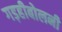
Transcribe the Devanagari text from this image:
गड़हीबोलनी